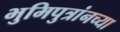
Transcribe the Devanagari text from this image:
भुमिपुत्रांनच्या